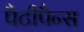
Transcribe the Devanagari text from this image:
पैटीपैन्स